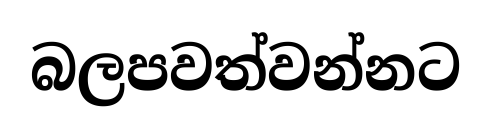
බලපවත්වන්නට